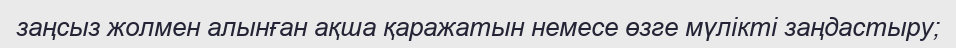
заңсыз жолмен алынған ақша қаражатын немесе өзге мүлікті заңдастыру;